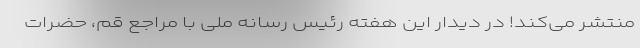
منتشر می‌کند! در دیدار این هفته رئیس رسانه ملی با مراجع قم، حضرات